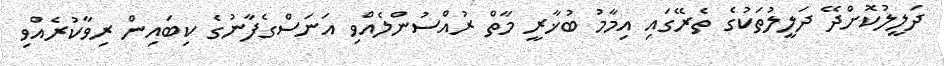
ދަލީލުކޮށްދޭ ދަލީލުތަކުގެ ތެރޭގައި އިމާމު ބުޚާރީ މާތް ރުއްސުންލެއްވި އަނަސްގެފާނުގެ ކިބައިން ރިވާކުރެއްވި